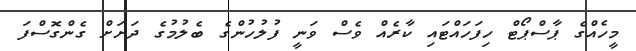
މީހެއްގެ ޕާސްޕޯޓް ހިފަހައްޓައި ކާރެއް ވެސް ވަނީ ފުލުހުންގެ ބެލުމުގެ ދަށަށް ގެންގޮސްފަ